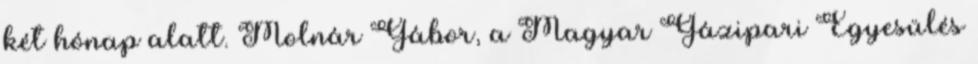
két hónap alatt. Molnár Gábor, a Magyar Gázipari Egyesülés